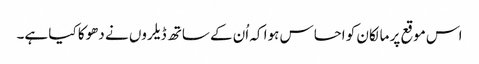
اس موقع پر مالکان کو احساس ہوا کہ اُن کے ساتھ ڈیلروں نے دھوکا کیا ہے۔